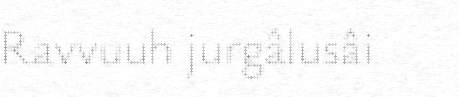
Ravvuuh jurgâlusâi